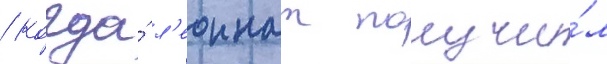
/ когда́ л'еоннат получи́л